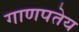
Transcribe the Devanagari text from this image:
गाणपतेय